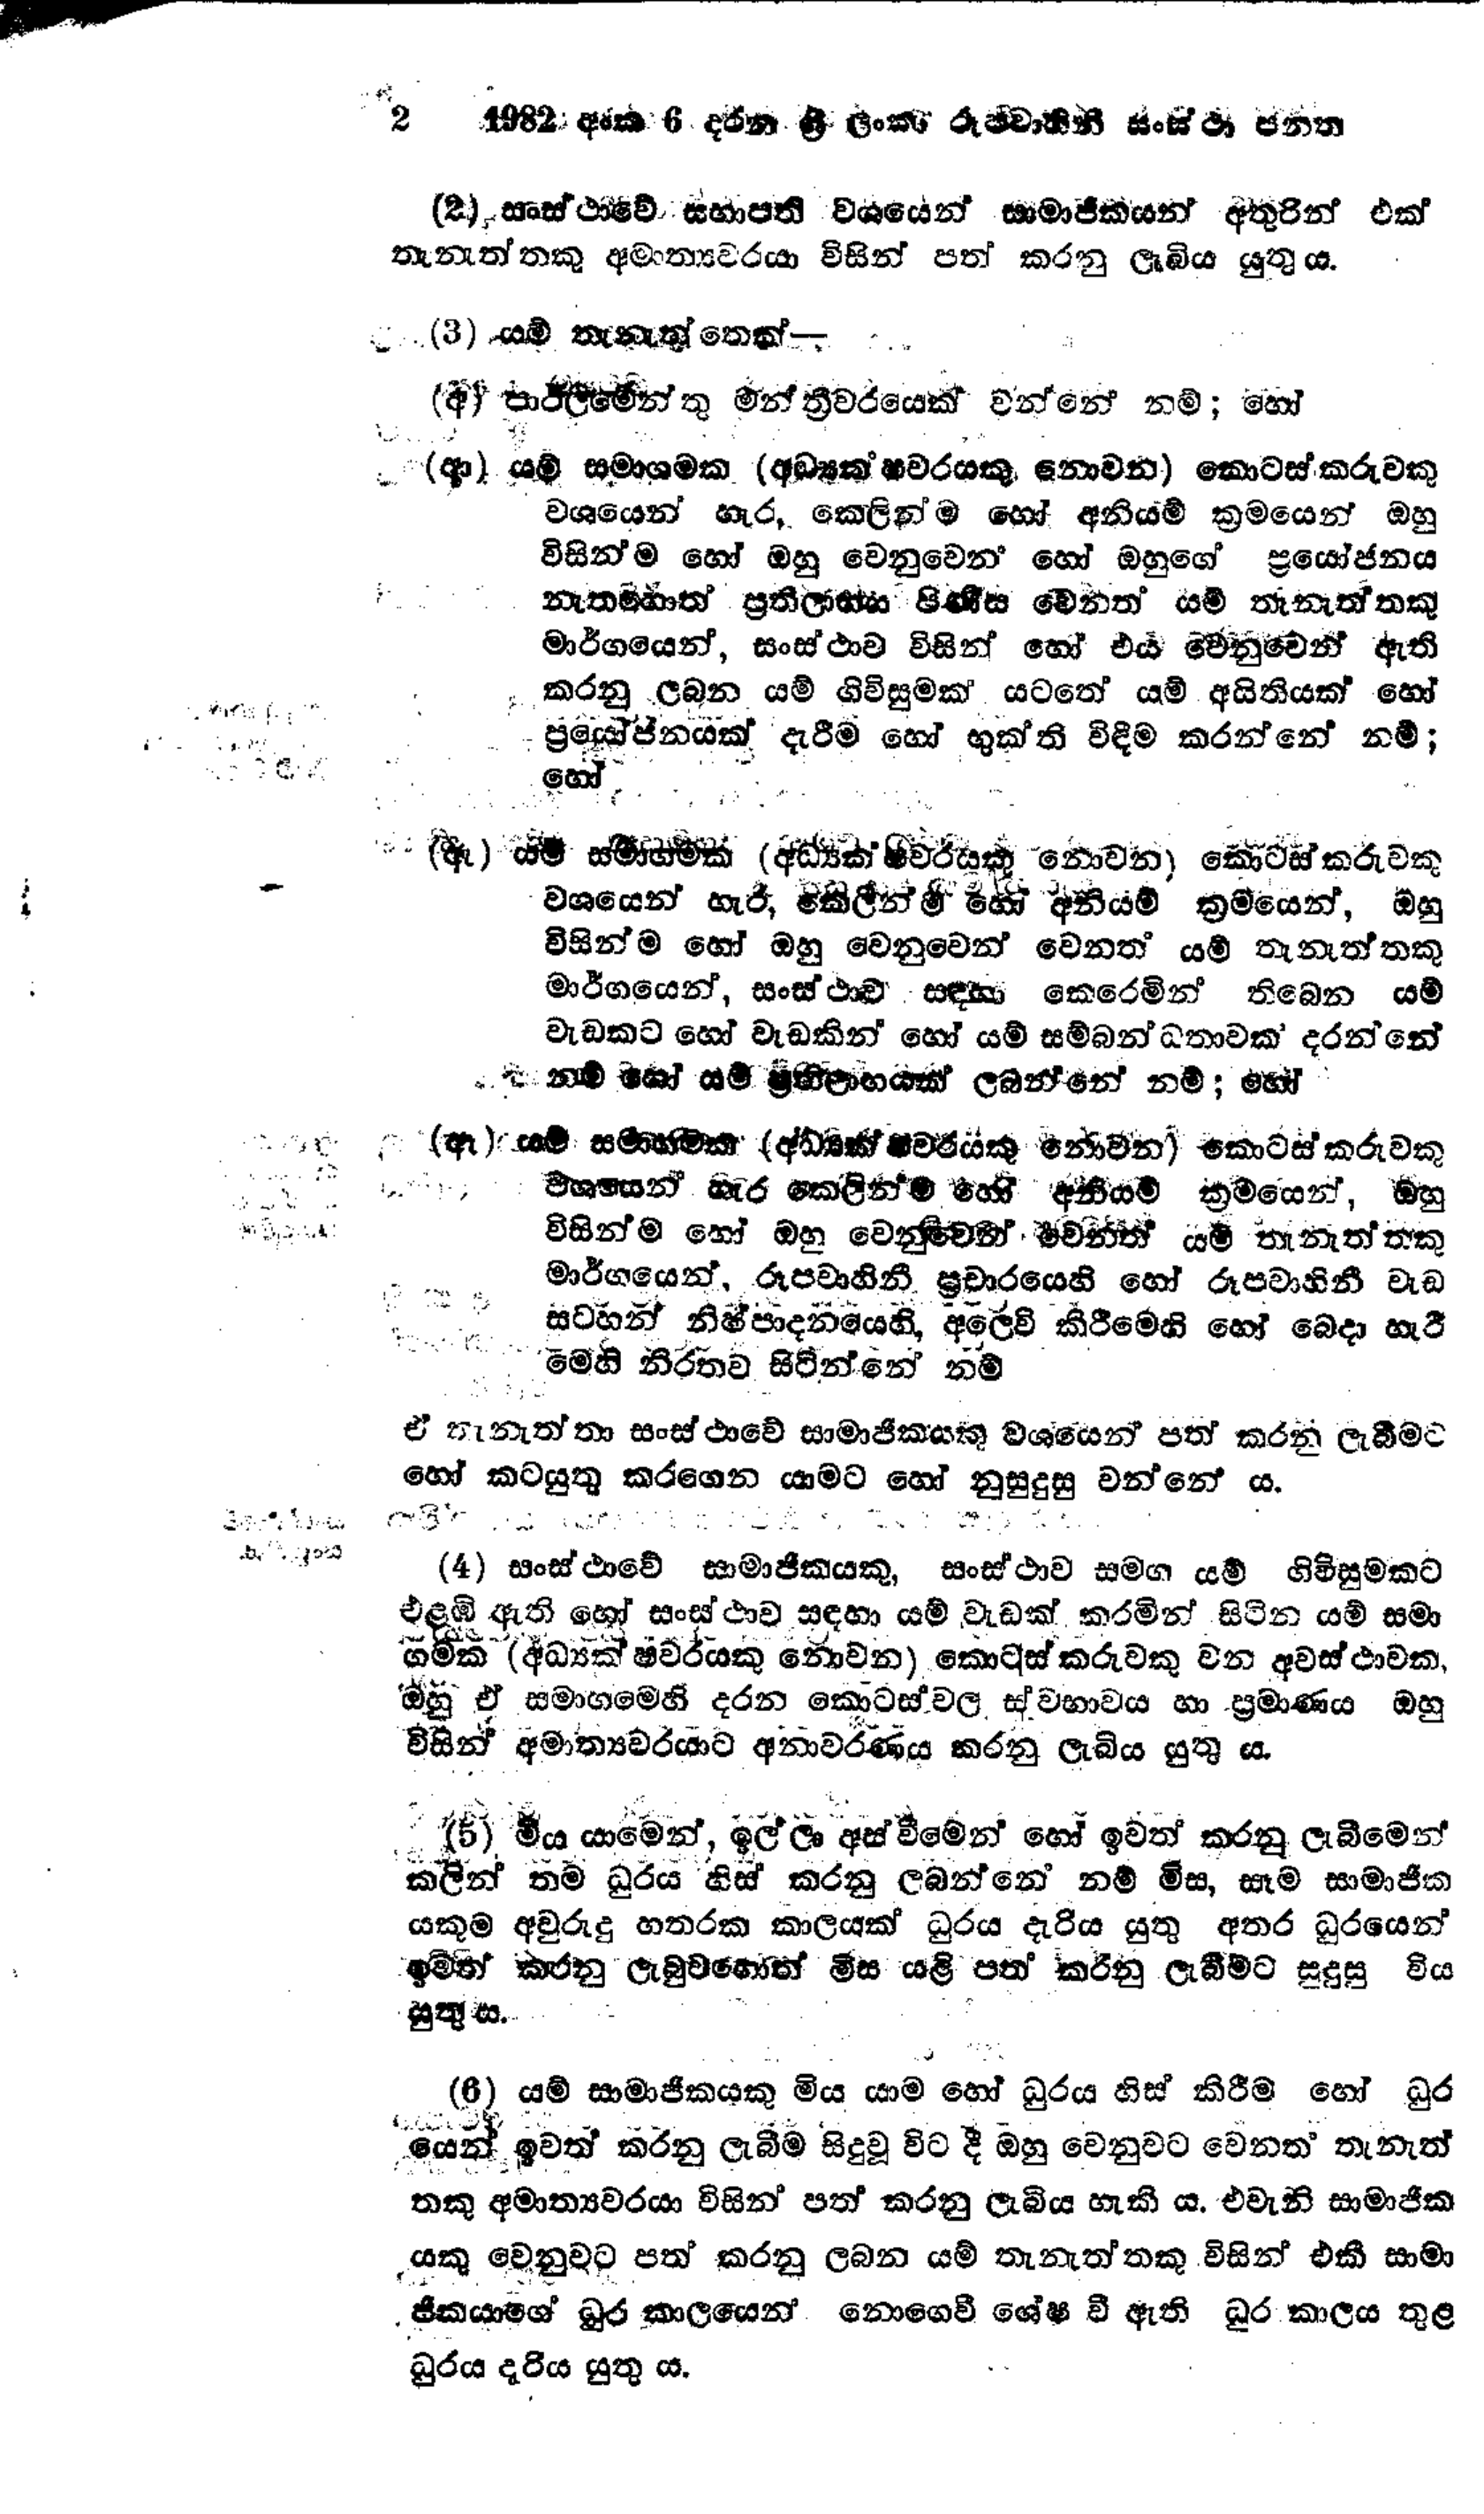
2 1982 අංක 6 දරන ශ්‍රී ලංකා රූපවාහිනී සංස්ථා පනත

(2) සංස්ථාවේ සභාපති වශයෙන් සාමාජිකයන් අතුරින් එක්
තැනැත්තකු අමාත්‍යවරයා විසින් පත් කරනු ලැබිය යුතු ය.

(3) යම් තැනැත්තෙක් -

(අ) පාර්ලිමේන්තු මන්ත්‍රීවරයෙක් වන්නේ නම්; හෝ

(ආ) යම් සමාගමක (අධ්‍යක්ෂවරයෙකු නොවන) කොටස් කරුවකු
වශයෙන් හැර, කෙලින්ම හෝ අනියම් ක්‍රමයෙන් ඔහු
විසින්ම හෝ ඔහු වෙනුවෙන් හෝ ඔහුගේ ප්‍රයෝජනය
නැතහොත් ප්‍රතිලාභය පිණිස වෙනත් යම් තැනැත්තකු
මාර්ගයෙන්, සංස්ථාව විසින් හෝ එය වෙනුවෙන් ඇති
කරනු ලබන යම් ගිවිසුමක් යටතේ යම් අයිතියක් හෝ
ප්‍රයෝජනයක් දැරීම හෝ භුක්ති විඳීම කරන්නේ නම්;
හෝ

(ඇ) යම් සමාගමක (අධ්‍යක්ෂවර්යකු නොවන) කොටස් කරුවකු
වශයෙන් හැර, කෙලින්ම හෝ අනියම් ක්‍රමයෙන්, ඔහු
විසින්ම හෝ ඔහු වෙනුවෙන් වෙනත් යම් තැනැත්තකු
මාර්ගයෙන්, සංස්ථාව සඳහා කෙරෙමින් තිබෙන යම්
වැඩකට හෝ වැඩකින් හෝ යම් සම්බන්ධතාවක් දරන්නේ
නම් හෝ ‍යම් ප්‍රතිලාභයක් ලබන්නේ නම්; හෝ

(ඈ) යම් සමාගමක (අධ්‍යක්ෂවරයෙකු නොවන) කොටස් කරුවකු
වශයෙන් හැර කෙළින්ම හෝ අනියම් ක්‍රමයෙන්, ඔහු
විසින්ම හෝ ඔහු වෙනුවෙන් වෙනත් යම් තැනැත්තකු
මාර්ගයෙන්, රූපවාහිනී ප්‍රචාරයෙහි හෝ රූපවාහිනී වැඩ
සටහන් නිෂ්පාදනයෙහි, අලෙවි කිරීමෙහි හෝ බෙදා හැරී
මෙහි නිරතව සිටින්නේ නම්

ඒ තැනැත්තා සංස්ථාවේ සාමාජිකයකු වශයෙන් පත් කරනු ලැබීමට
හෝ කටයුතු කරගෙන යාමට හෝ නුසුදුසු වන්නේ ය.

(4) සංස්ථාවේ සාමාජිකයකු, සංස්ථාව සමග යම් ගිවිසුමකට
එළඹී ඇති හෝ සංස්ථාව සඳහා යම් වැඩක් කරමින් සිටින යම් සමා
ගමක (අධ්‍යක්ෂවරයකු නොවන) කොටස් කරුවකු වන අවස්ථාවක,
ඔහු ඒ සමාගමෙහි දරන කොටස් වල ස්වභාවය හා ප්‍රමාණය ඔහු
විසින් අමාත්‍යවරයාට අනාවරණය කරනු ලැබිය යුතු ය.

(5) මිය යාමෙන්, ඉල්ලා අස්වීමෙන් හෝ ඉවත් කරනු ලැබීමෙන්
කලින් තම ධුරය හිස් කරනු ලබන්නේ නම් මිස, සෑම සාමාජික
යකුම අවුරුදු හතරක කාලයක් ධුරය දැරිය යුතු අතර ධුරයෙන්
ඉවත් කරනු ලැබුවහොත් මිස යළි පත් කරනු ලැබීමට සුදුසු විය
යුතු ය.

(6) යම් සාමාජිකයකු මිය යාම හෝ ධුරය හිස් කිරීම හෝ ධුර
යෙන් ඉවත් කරනු ලැබීම සිදු වූ විට දී ඔහු වෙනුවට වෙනත් තැනැත්
තකු අමාත්‍යවරයා විසින් පත් කරනු ලැබිය හැකි ය. එවැනි සාමාජික
යකු වෙනුවට පත් කරනු ලබන යම් තැනැත්තකු විසින් එකී සාමා
ජිකයාගේ ධූර කාලයෙන් නොගෙවී ශේෂ වී ඇති ධුර කාලය තුළ
ධූරය දැරිය යුතු ය.